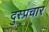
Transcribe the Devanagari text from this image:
दुस्प्रचार